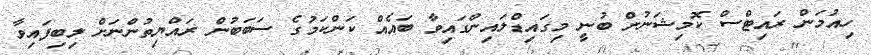
ހިއުމަން ރައިޓްސް ކޮމިޝަނުން ބުނީ މިގައިޑްލައިންގައިވާ ބައެއް ކަންކަމުގެ ސަބަބުން ރައްޔިތުންނަށް ލިބިފައިވާ